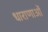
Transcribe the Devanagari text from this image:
धाराणाओं